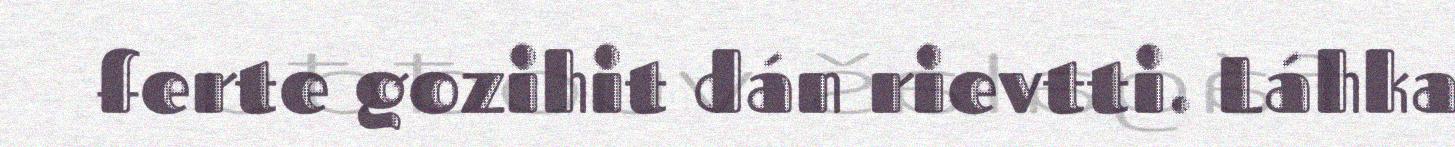
ferte gozihit dán rievtti. Láhka